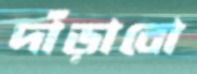
দাঁড়াবো